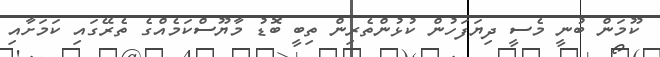
ކޫމަން ބުނީ މެސީ ދިޔަފަހުން ކުޅުންތެރިން ތިބީ ބޮޑު މާޔޫސްކަމެއްގެ ތެރޭގައި ކަމަށާއި